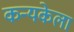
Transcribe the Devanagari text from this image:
कन्यकेला